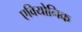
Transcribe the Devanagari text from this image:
एवियोनिक